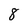
Character: 8